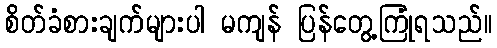
စိတ်ခံစားချက်များပါ မကျန် ပြန်တွေ့ကြုံရသည်။